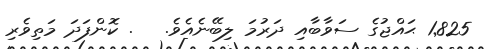
1